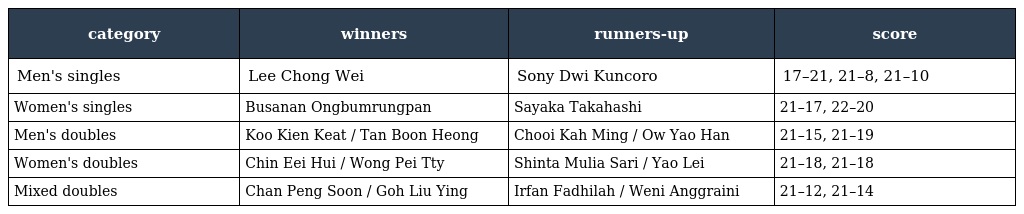
| category | winners | runners-up | score |
 | --- | --- | --- | --- |
 | Men's singles | Lee Chong Wei | Sony Dwi Kuncoro | 17–21, 21–8, 21–10 |
 | Women's singles | Busanan Ongbumrungpan | Sayaka Takahashi | 21–17, 22–20 |
 | Men's doubles | Koo Kien Keat / Tan Boon Heong | Chooi Kah Ming / Ow Yao Han | 21–15, 21–19 |
 | Women's doubles | Chin Eei Hui / Wong Pei Tty | Shinta Mulia Sari / Yao Lei | 21–18, 21–18 |
 | Mixed doubles | Chan Peng Soon / Goh Liu Ying | Irfan Fadhilah / Weni Anggraini | 21–12, 21–14 |